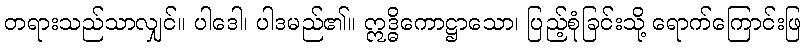
တရားသည်သာလျှင်။ ပါဒေါ၊ ပါဒမည်၏။ ဣဒ္ဓိကောဋ္ဌာသော၊ ပြည့်စုံခြင်းသို့ ရောက်ကြောင်းဖြ